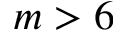
m > 6